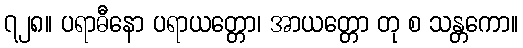
၇၂၈။ ပရာဓီနော ပရာယတ္တော၊ အာယတ္တော တု စ သန္တကော။